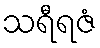
သရီရဇံ